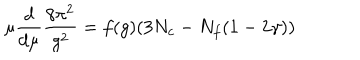
\mu \frac { d } { d \mu } \frac { 8 \pi ^ { 2 } } { g ^ { 2 } } = f ( g ) ( 3 N _ { c } - N _ { f } ( 1 - 2 \gamma ) )